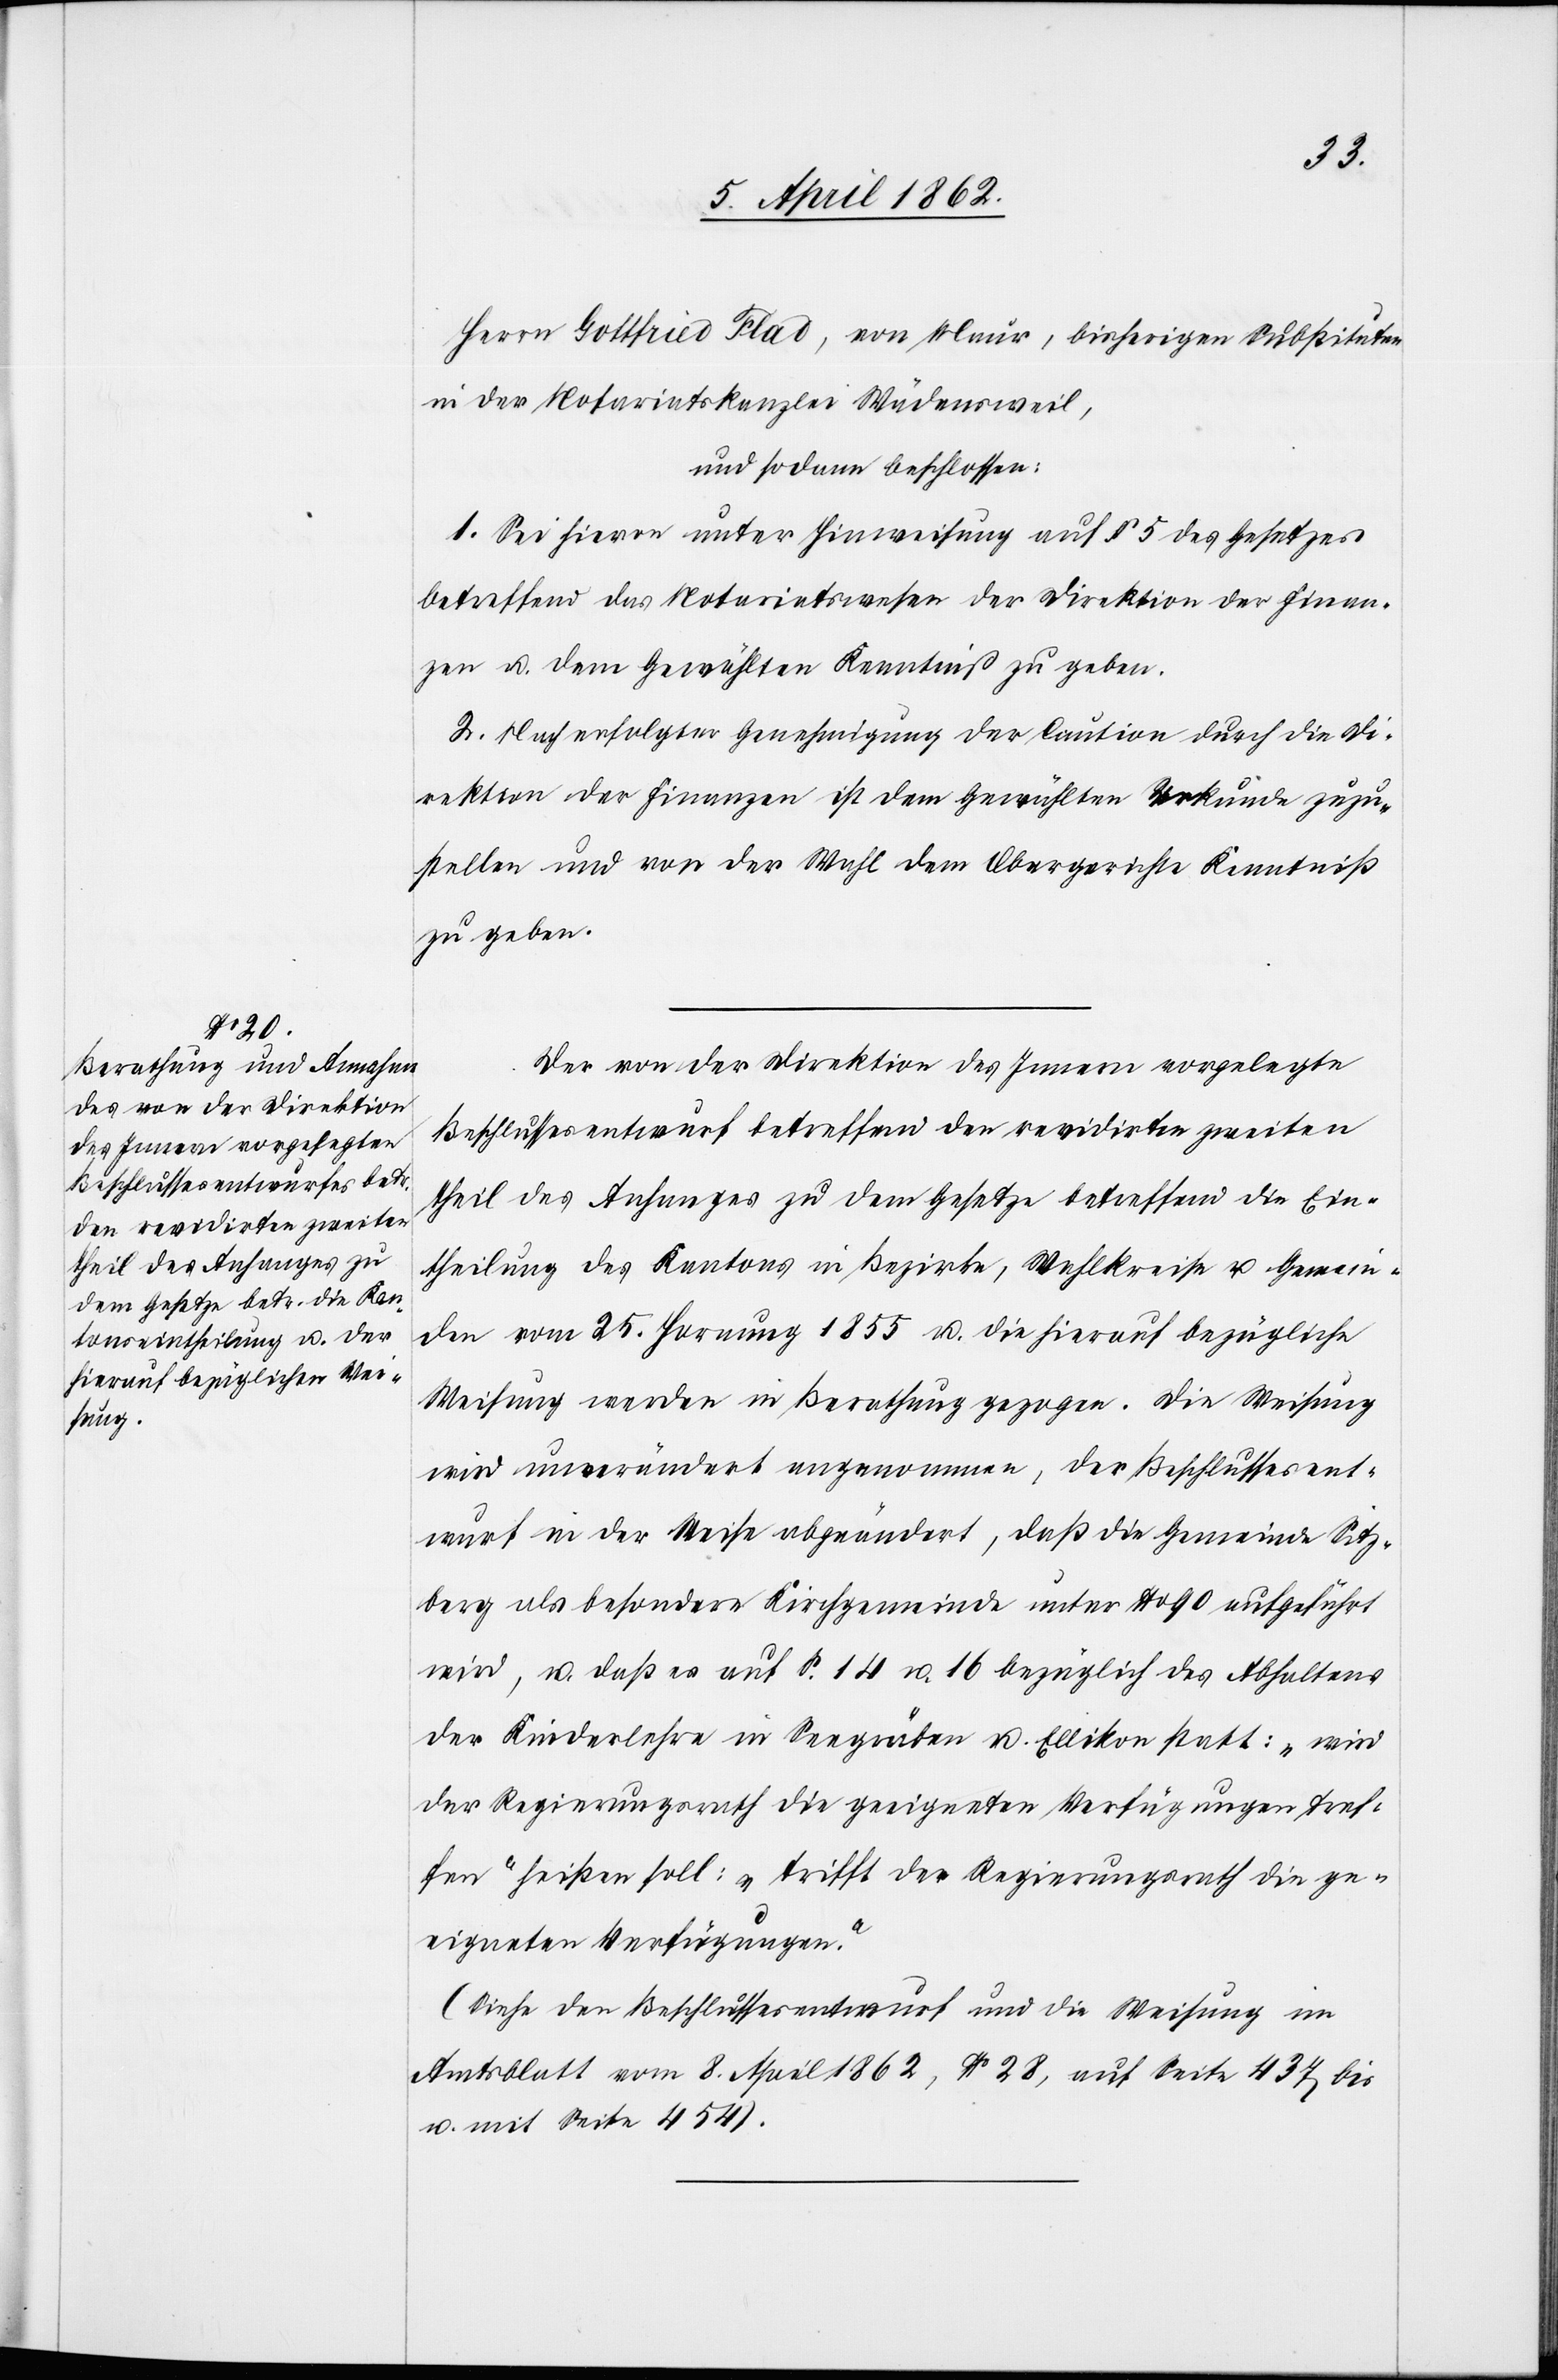
Herrn Gottfried Flad, von Maur, bisherigen Substituten
in der Notariatskanzlei Wädensweil,
und sodann beschlossen:
1. Sei hievon unter Hinweisung auf § 5. des Gesetzes
betreffend das Notariatswesen der Direktion der Finan¬
zen u. dem Gewählten Kenntniß zu geben.
2. Nach erfolgter Genehmigung der Caution durch die Di¬
rektion der Finanzen ist dem Gewählten Urkunde zuzu¬
stellen und von der Wahl dem Obergerichte Kenntniß
zu geben.
Der von der Direktion des Innern vorgelegte
Beschlussesentwurf betreffend den revidirten zweiten
Theil des Anhanges zu dem Gesetze betreffend die Ein¬
theilung des Kantons in Bezirke, Wahlkreise u. Gemein¬
den vom 25. Hornung 1855 u. die hierauf bezügliche
Weisung werden in Berathung gezogen. Die Weisung
wird unverändert angenommen, der Beschlussesent¬
wurf in der Weise abgeändert, daß die Gemeinde Sitz¬
berg als besondere Kirchgemeinde unter No. 90 aufgeführt
wird, u. daß es auf S. 14 u. 16 bezüglich des Abhaltens
der Kinderlehre in Seegräben u. Ellikon statt: „wird
der Regierungsrath die geeigneten Verfügungen tref¬
fen“ heißen soll: „trifft der Regierungsrath die ge¬
eigneten Verfügungen.“
(Siehe den Beschlussesentwurf und die Weisung im
Amtsblatt vom 8. April 1862, No. 28, auf Seite 437 bis
u. mit Seite 454).